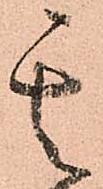
其